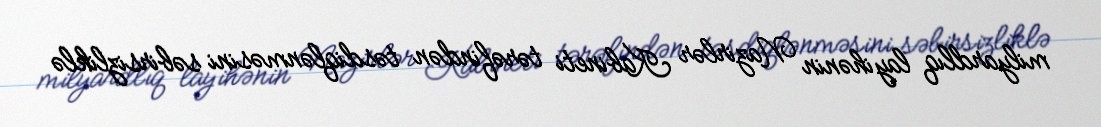
milyardlıq layihənin Nazirlər Kabineti tərəfindən təsdiqlənməsini səbirsizliklə